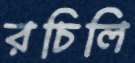
রচিলি